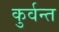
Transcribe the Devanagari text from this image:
कुर्वन्त